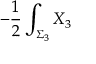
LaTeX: - { \frac { 1 } { 2 } } \int _ { \Sigma _ { 3 } } X _ { 3 }